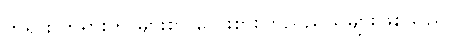
ဘုရား တရားကို များစွာ လေးစားကြည်ညိုသူများဖြစ်သည်။